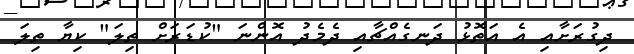
ދިގުރަށާއި އެ އަތޮޅު ދަނގެއްޗާއި ދެމެދު އޮންނަ "ކުޑަރަށް ތިލަ" ކިޔާ ތިލަ